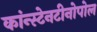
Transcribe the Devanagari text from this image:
कांन्स्टेनटीनोपोल